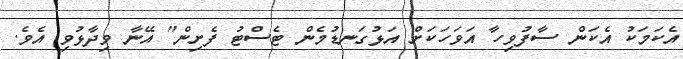
އެކަމަކު އެކަން ސާފުވިހާ އަވަހަކަށް އަޅުގަނޑުމެން ޓެސްޓު ފެށިން" އޭނާ ވިދާޅުވި އެވެ.